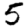
Digit: 5